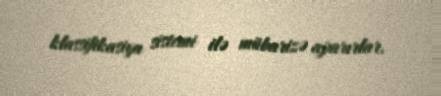
klassifikasiya sistemi ilə mübarizə aparırlar.